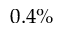
0 . 4 \%